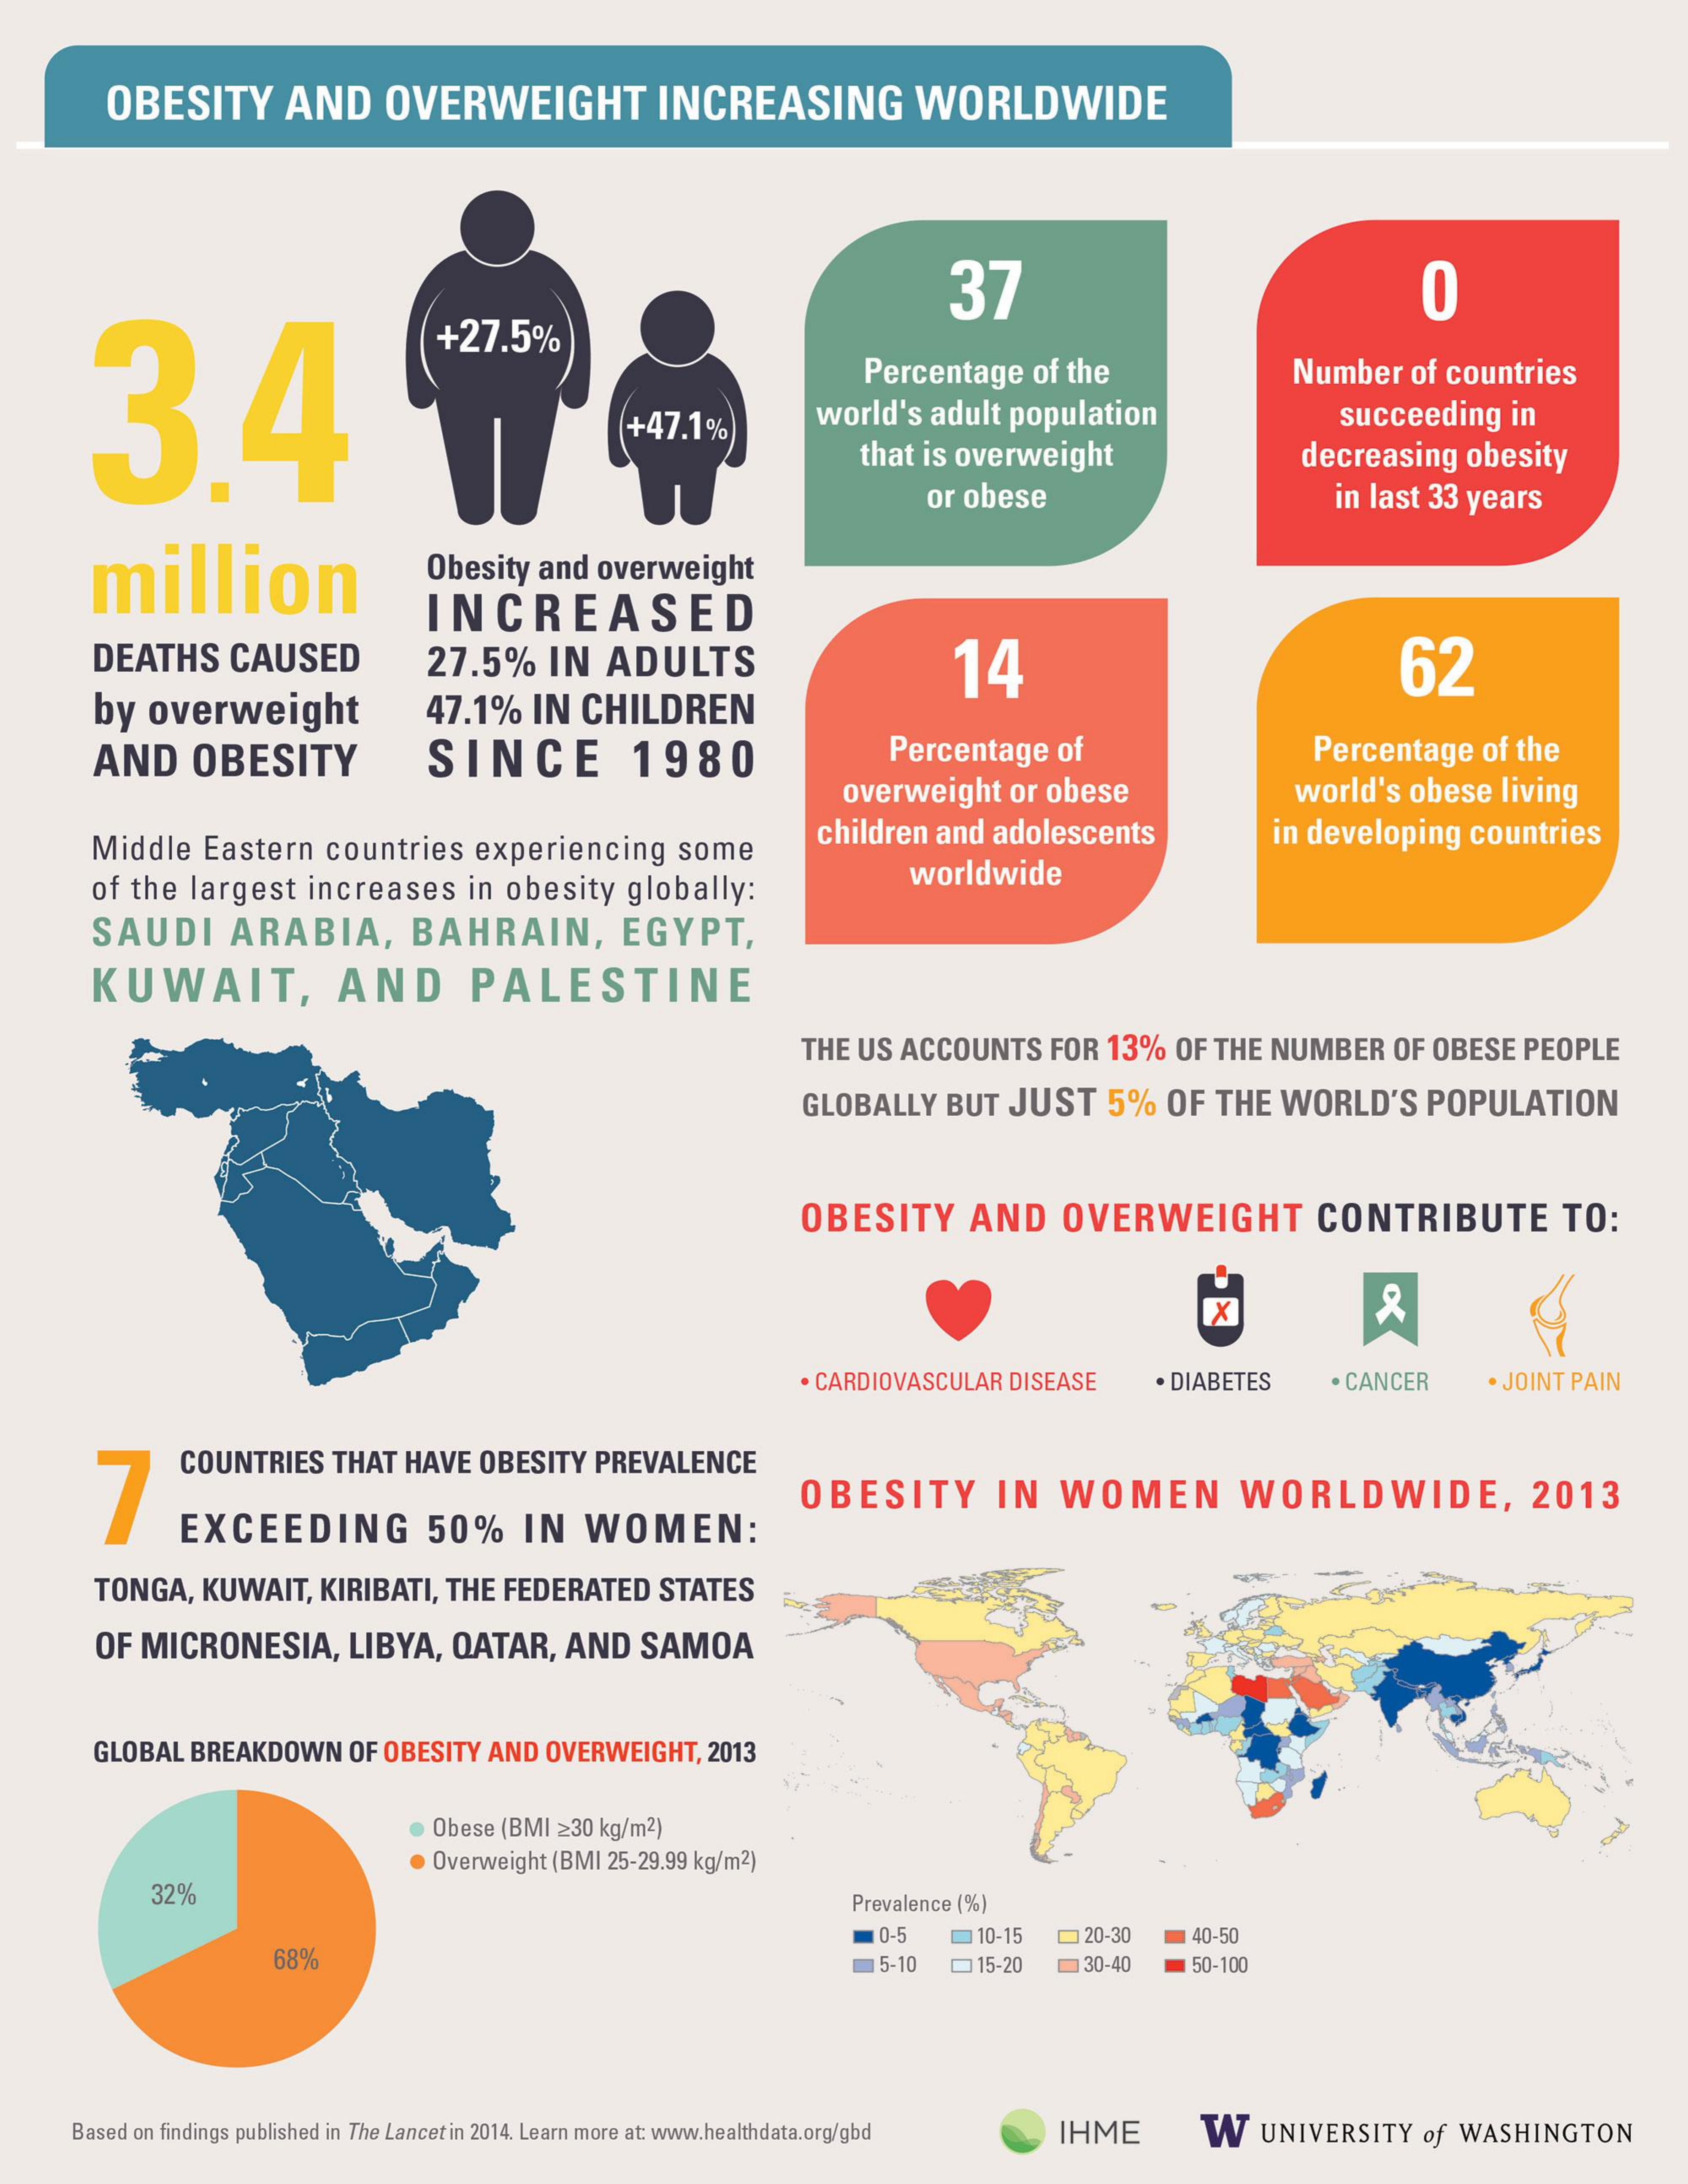
OBESITY    AND   OVERWEIGHT    INCREASING    WORLDWIDE
     3.4
     37    0
     +27.5%
     Percentage of the    Number  of countries
     +47.1%    world's adult population    succeeding in
     that is overweight    decreasing obesity
     or obese    in last 33 years
     million    Obesity and overweight
     INCREASED
     DEATHS   CAUSED    27.5%   IN  ADULTS    14    62
     by  overweight    47.1%  IN CHILDREN
     AND   OBESITY    SINCE    1980    Percentage of    Percentage of the
     overweight or obese    world's obese living
     Middle Eastern countries experiencing  some    children and adolescents    in developing countries
     of the largest increases in obesity globally:    worldwide
     SAUDI    ARABIA,    BAHRAIN,    EGYPT,
     KUWAIT,    AND    PALESTINE
     THE US ACCOUNTS FOR 13% OF THE NUMBER  OF OBESE PEOPLE
     GLOBALLY BUT  JUST  5%  OF THE WORLD'S   POPULATION
     OBESITY    AND   OVERWEIGHT    CONTRIBUTE    TO:
     X
     . CARDIOVASCULAR DISEASE . DIABETES . CANCER  JOINT PAIN
     7
     COUNTRIES THAT HAVE OBESITY PREVALENCE
     EXCEEDING    50%   IN   WOMEN:
     OBESITY    IN   WOMEN    WORLDWIDE,    2013
     TONGA, KUWAIT, KIRIBATI, THE FEDERATED STATES
     OF MICRONESIA,  LIBYA, QATAR, AND  SAMOA
     GLOBAL BREAKDOWN OF OBESITY AND OVERWEIGHT, 2013
     · Obese (BMI 230 kg/m2)
     Overweight (BMI 25-29.99 kg/m2)
     32%    Prevalence (%)
     68%
     . 0-5   10-15  20-30 1 40-50
     15-10 _15-20  30-40  50-100
     Based on findings published in The Lancet in 2014. Learn more at: www.healthdata.org/gbd IHME W UNIVERSITY of WASHINGTON